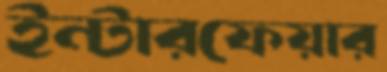
ইন্টারফেয়ার